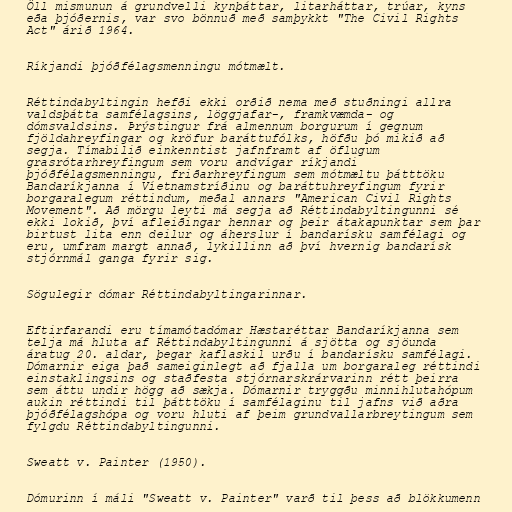
Öll mismunun á grundvelli kynþáttar, litarháttar, trúar, kyns
eða þjóðernis, var svo bönnuð með samþykkt "The Civil Rights
Act" árið 1964.

Ríkjandi þjóðfélagsmenningu mótmælt.

Réttindabyltingin hefði ekki orðið nema með stuðningi allra
valdsþátta samfélagsins, löggjafar-, framkvæmda- og
dómsvaldsins. Þrýstingur frá almennum borgurum í gegnum
fjöldahreyfingar og kröfur baráttufólks, höfðu þó mikið að
segja. Tímabilið einkenntist jafnframt af öflugum
grasrótarhreyfingum sem voru andvígar ríkjandi
þjóðfélagsmenningu, friðarhreyfingum sem mótmæltu þátttöku
Bandaríkjanna í Víetnamstríðinu og baráttuhreyfingum fyrir
borgaralegum réttindum, meðal annars "American Civil Rights
Movement". Að mörgu leyti má segja að Réttindabyltingunni sé
ekki lokið, því afleiðingar hennar og þeir átakapunktar sem þar
birtust lita enn deilur og áherslur í bandarísku samfélagi og
eru, umfram margt annað, lykillinn að því hvernig bandarísk
stjórnmál ganga fyrir sig.

Sögulegir dómar Réttindabyltingarinnar.

Eftirfarandi eru tímamótadómar Hæstaréttar Bandaríkjanna sem
telja má hluta af Réttindabyltingunni á sjötta og sjöunda
áratug 20. aldar, þegar kaflaskil urðu í bandarísku samfélagi.
Dómarnir eiga það sameiginlegt að fjalla um borgaraleg réttindi
einstaklingsins og staðfesta stjórnarskrárvarinn rétt þeirra
sem áttu undir högg að sækja. Dómarnir tryggðu minnihlutahópum
aukin réttindi til þátttöku í samfélaginu til jafns við aðra
þjóðfélagshópa og voru hluti af þeim grundvallarbreytingum sem
fylgdu Réttindabyltingunni.

Sweatt v. Painter (1950).

Dómurinn í máli "Sweatt v. Painter" varð til þess að blökkumenn